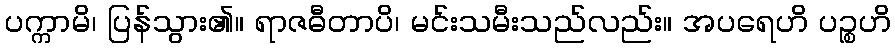
ပက္ကာမိ၊ ပြန်သွား၏။ ရာဇဓီတာပိ၊ မင်းသမီးသည်လည်း။ အပရေဟိ ပဉ္စဟိ